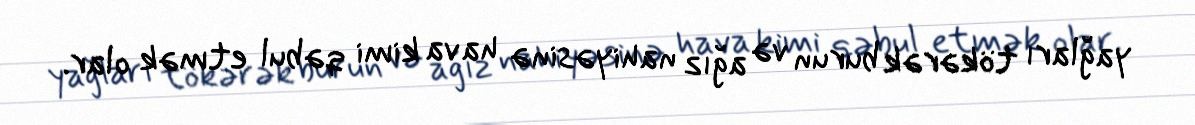
yağları tökərək burun və ağız nahiyəsinə hava kimi qəbul etmək olar.